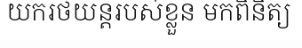
យករថយន្តរបស់ខ្លួន មកពិនិត្យ